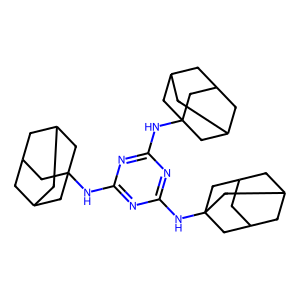
SMILES: C1C2CC3CC1CC(Nc1nc(NC45CC6CC(CC(C6)C4)C5)nc(NC45CC6CC(CC(C6)C4)C5)n1)(C2)C3
Inhibits HIV replication: No